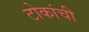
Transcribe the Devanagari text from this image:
टोकांची